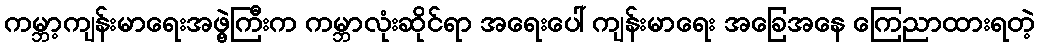
ကမ္ဘာ့ကျန်းမာရေးအဖွဲ့ကြီးက ကမ္ဘာလုံးဆိုင်ရာ အရေးပေါ် ကျန်းမာရေး အခြေအနေ ကြေညာထားရတဲ့